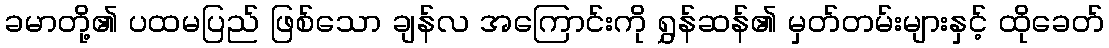
ခမာတို့၏ ပထမပြည် ဖြစ်သော ချန်လ အကြောင်းကို ရွှန်ဆန်၏ မှတ်တမ်းများနှင့် ထိုခေတ်